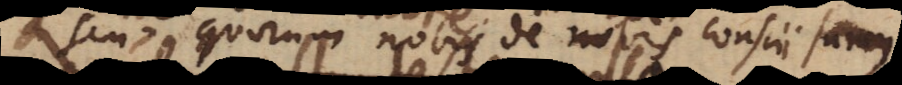
seu quorum nobis de nobis conscii sumus,